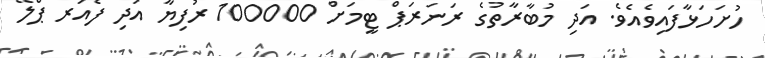
ހުށަހަޅާފައިވެއެވެ. އަދި މުބާރާތުގެ ރަނަރަޕް ޓީމަށް 100000 ރުފިޔާ އަދި ފެއަރ ޕްލޭ